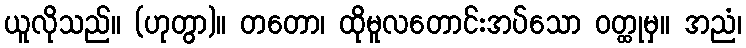
ယူလိုသည်။ (ဟုတွာ)။ တတော၊ ထိုမူလတောင်းအပ်သော ဝတ္ထုမှ။ အညံ၊